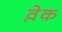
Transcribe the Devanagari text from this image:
व़ेक